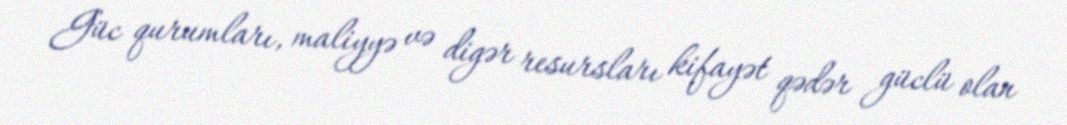
Güc qurumları, maliyyə və digər resursları kifayət qədər güclü olan